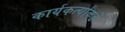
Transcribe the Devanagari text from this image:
कार्यकर्त्यांकडे